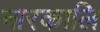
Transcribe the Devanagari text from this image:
नारकालि